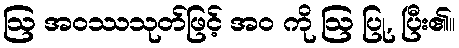
ဩ အဝဿသုတ်ဖြင့် အဝ ကို ဩ ပြု, ပြီး၏။